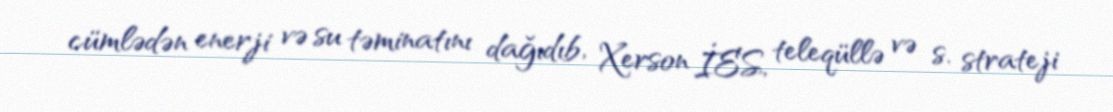
cümlədən enerji və su təminatını dağıdıb, Xerson İES, teleqüllə və s. strateji